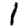
Digit: 1